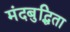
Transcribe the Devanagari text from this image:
मंदबुद्धिता